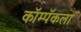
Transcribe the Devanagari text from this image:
कॉम्पॅकला